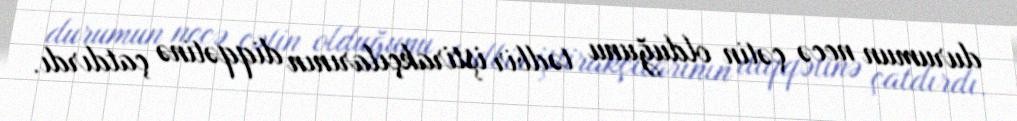
durumun necə çətin olduğunu tədbir iştirakçılarının diqqətinə çatdırdı.